Medical and sanitary report of the native army of Bengal for the year
Year: 1877
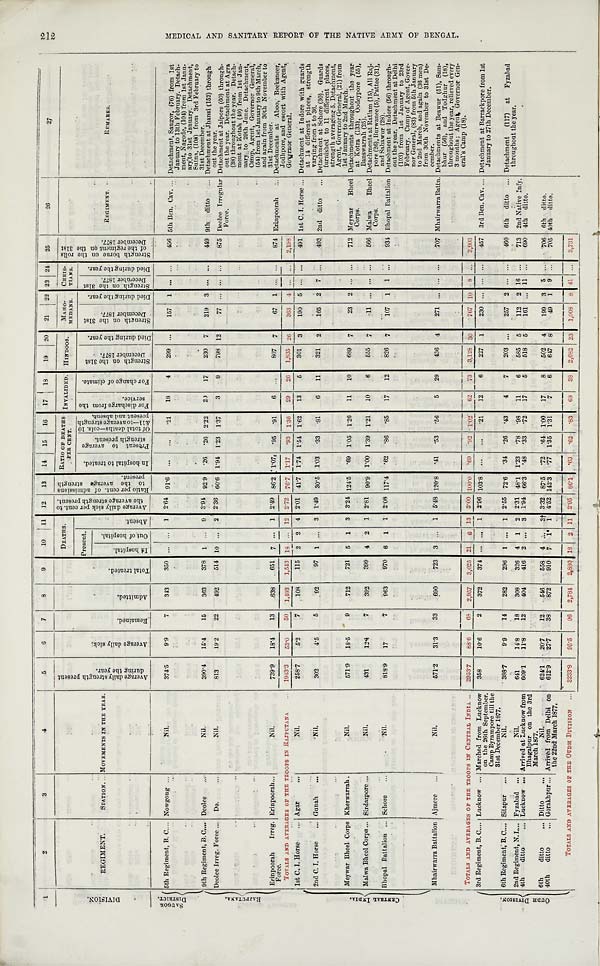
1
2
3
4
5
6
7
8
9
10
11 12
13
14
15
16
17
18
19
20
21
22 23 24
25
26
27
D I V I S I O N .
REGIMENT.
STATION. MOVEMENTS IN THE YEAR.
A v e r a g e d a i l y s t r e n g t h p r e s e n t
d u r i n g t h e y e a r .
A v e r a g e d a i l y s i c k .
R e m a i n e d .
A d m i t t e d .
T o t a l t r e a t e d .
DEATHS.
A v e r a g e d a i l y s i c k p e r c e n t . t o
t h e a v e r a g e s t r e n g t h p r e s e n t . R a t i o p e r c e n t . o f a d m i s s i o n s
t o t h e a v e r a g e s t r e n g t h
present. R
ATIO OF DEATHS
PER CENT.
INVALIDED. HINDOOS.
MANO-
MEDANS.
CHRIS-
TIANS.
S t r e n g t h b o r n e o n t h e r o l l s
o f t h e r e g i m e n t o n t h e 3 1 s tD
e c e m b e r 1 8 7 7 .
REGIMENT.
R E M A R K S .
Present.
A b s e n t .
I n h o s p i l t a l t o t r e a t e d .
P r e s e n t t o a v e r a g e
s t r e n g t h p r e s e n t .
O f t o t a l d e a t h s — c o l s . 1 0
& 1 1 — t o a v e r a g e s t r e n g t h
p r e s e n t a n d a b s e n t .
F o r d i s c h a r g e f r o m t h e
ser vi ce.
F o r c h a n g e o f c l i m a t e .
S t r e n g t h o n t h e 3 1 s t
D e c e m b e r 1 8 7 7 .
D i e d d u r i n g t h e y e a r .
s t r e n g t h o n t h e 3 1 s t
D e c e m b e r 1 8 7 7 .
D i e d d u r i n g t h e y e a r . S t r e n g t h o n t h e 3 1 s t
D e c e m b e r 1 8 7 7 .
D i e d d u r i n g t h e y e a r .
I n h o s p i t a l .
O u t o f h o s p i t a l .
S A U G O R
D I S T R I C T .
5th Regiment, B. C.... Nowgong ...
Nil.
374.5
9.9
7
343
350
. . .
. . . 1 2.64 91.6 ...
...
. 2 1 18
4
299 ...
157 1 ... ...
456 5th Ben. Cav. ... Detachment, Saugor, (76) from 1st
January to 13th February. Detach
-
ment, Nagode, (104) from 1st Janu-
ary:to 31st January. Detachment,
Sutna, (108) from 3rd February to
31st December.
9th Regiment, B. C.... Deolee
...
Nil.
390.4
15.4
15
363
378 1
. . . 9 3.94 92.9
. 26 .26 2.22
20 17
230 7
219 3 ... ...
449 9th ditto
... Detachment at Jhansi (152) through
out the year.
R A J P U T A N A .
Deolee Irreg. Force ... Do.
...
N i l .
813
19.2
22
492
514 10 ... 2 2.36 60.6 1.94 1.23 1.37
3
9
798 12
7 7
... ... ...
875 Deolee Irregular
Force.
Detachment at Jaipore (60) through-
out the year. Detachment at Agra
(38) throughout the year. Detach-
ment at Kotah (49) from 1st Jan-
uary to 29th June. Detachment,
Camp, Agent, Governor General,
(54) from 1st January to 9th March,
and again from 30th November to
31st December
.
Erinpoorah Irreg.
Force.
Erinpoorah...
Nil.
739.9
18.4
13
638
651 7 ... 1 2.49 86.2 1.07 .95 .91
6 ...
807 7
67 1 ...
. . .
874 Erinpoorah
... Detachments at Aboo, Beekaneer,
Jodhpore, and escort with Agent,
Governor General.
TOTALS AND AVERAGES OF THE TROOPS IN RAJPUTAN
A
. . .
1943.3
53.0
50
1,493 1,543
1 8
. . . 12 2.72 76.7 1.17 .93 1.36
29
26 1,835
2 6 363
4 ...
. . . 2,198
C E N T R A L I N D I A .
1st C. I. Horse
... Agar
...
Nil.
258.7
5 . 2
7
108
115 2 2 4 2.01 41.7 1.74 1.51 1.62
13
5
301 3
190 5 ...
. . .
491 1st C. I. Horse ... Detachment at Indore with guards
at 14 different places, strength
varying from 5 to 36.
2nd C. I. Horse
..
.
Gunah
...
Nil.
302
4.5
5
92
97 1
. . .
3 1.49 30.5 1.03
. 3 3
. 8 1
6
11
321 2
165 2 7 ...
493 2nd ditto
... Detachment at Sehore (30). Guards
furnished to 11 different places,
strength averaging 5. Detachment,
Agent, Governor General, (21) from
1st January to 2nd March.
Meywar Bheel Corps Kherwarrah
Nil.
571.9
18.5
9
712
721 5 1 3 3.24 124.5 .69 1.05 1.26
11
10
689 7
23 2 ... ...
712 Meywar Bheel
Corps.
Detachments throughout the year
at Kotra (133), Oodeypore (55),
Banswarrah (25).
Malwa Bheel Corps ... Sirdarpore ...
Nil.
431
124
7
392
399 4 2 1 2.81 90.9 1.00 1.39 1.21
10
6
555 7
1 1 . . .
. . .
. . .
566 Malwa Bheel
Corps.
Detachments at Ratlam (15), Ali Raj-
pore (26), Burwanee (5), Pattee (31),
and Sahawur (28).
Bhopal Battalion ... Sehore
...
Nil.
818.9
17
7
963
970 6 1 1 2.08 117.4 .62 .86 .85
17
12
826 7
107 1 1 ...
934 Bhopal Battalion Detachment at Indore (56) through-
out the year. Detachment at Delhi
(103) from 1st January to 23rd
February. Camp of Agent, Gover-
nor General, (83) from 5th January
to 2nd March, and again (36 men)
from 30th November to 31st De-
cember.
Mhair warra Battalion Ajmere
...
Nil.
571.2
31.3
33
690
723 3 ... 1 5.48 120.8 .41 .53 .56
5
29
436 4
271 ... ... ...
707 Mhairwarra Battn. Detachments at Beawur (51), Sam-
bhur (56), and Todghur (18),
throughout the year, relieved every
3 months; Agent, Governor Gen-
eral's Camp (18).
TOTALS AND AVERAGES OF THE TROOPS IN CENTRAL INDIA ..
2953.7
8 8 . 6 68
2,957 3,025 21 6 13 3.00 100.0
. 6 9 .92 1.02
6 2
7 3 3,128 30
767 10
8 ...
3,903
O U D H D I V I S I O N .
3rd Regiment, B. C.... Lucknow ... Marched from Lucknow
on the 26th September.
Camp Byrampore till the
31st December 1877.
358
10.6
2
372
374 ... ... 1 2.96 103.8 ...
...
.21
12
6
227 1
230 ... ... ...
457 3rd Ben. Cay. ... Detachment at Barrackpore from 1st
January to 27th December.
6th Regiment, B. C.... Sitapur ...
Nil.
388.7
9.9
14
282
296 1 ... 1 2.55 72.6 .34 .26 .43
4
7
203 ...
257 2 ... ...
460 6th ditto ... Detachment (117) at Fyzabad
throughout the year.
2nd Regiment, N. I.... Fyzabad ...
Nil.
641
14.8
18
308
326 4 1 2 2.31 48.1 1.23 .78 .98
11
6
585 5
112 2 16 ...
713 2nd Native Infy.
4th
ditto
... Lucknow ... Arrived at Lucknow from
Bhagalpur on the 3rd
March 1877.
609.1
11.8
12
404
416 2 ... 3 1.94 66.3 .48 .33 .72
17
5
518 5
161 ... 11 ...
690 4th ditto.
6th
ditto
... Ditto
...
Nil.
624.1
20.7
12
546
558 4 ... 3† 3.32 87.5 .72 .64 1.00
17
8
502 4
199 3 5 ...
706 6th ditto.
40th
ditto
... Gorakhpur ... Arrived from Delhi on
the 22nd March 1877.
612.9
27.7
38
872
910 7 1* 1 4.52 142.3
. 7 7 1.35 1.31
7
6
647 8
49 1 9
...
705 40th ditto.
TOTALS AND AVERAGES OF THE OUDH DIVISION
...
3233.8
9 5 . 5
96 2,784
2,880 18 2 11 2.95 86.1 .63
. 6 2
.83
68
38 2,682 23
1,008
8 41 ...
3,731
MEDICAL AND SANITARY REPORT OF THE NATIVE ARMY OF BENGAL.